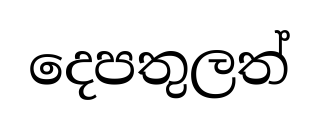
දෙපතුලත්